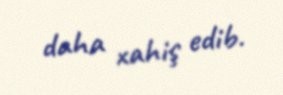
daha xahiş edib.